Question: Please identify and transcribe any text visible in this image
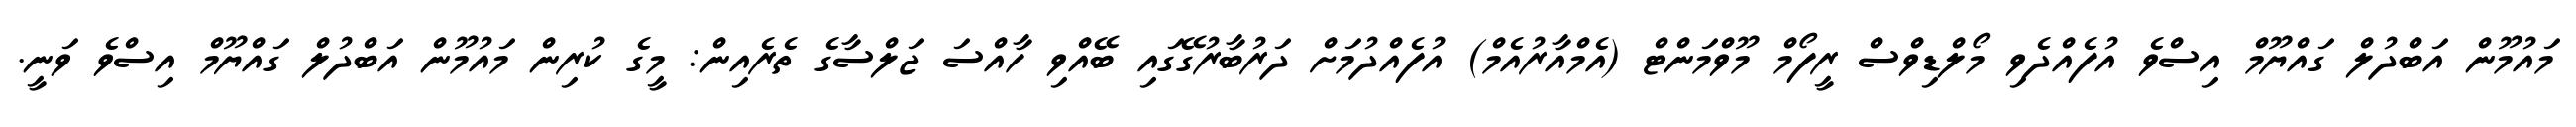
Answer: މައުމޫން އަބްދުލް ގައްޔޫމް އިސްވެ އުފެއްދެވި މޯލްޑިވްސް ރީފޯމް މޫވްމަންޓް (އެމްއާރުއެމް) އުފެއްދުމަށް ދަރުބާރުގޭގައި ބޭއްވި ހާއްސަ ޖަލްސާގެ ތެރެއިން: މީގެ ކުރިން މައުމޫން އަބްދުލް ގައްޔޫމް އިސްވެ ވަނީ.